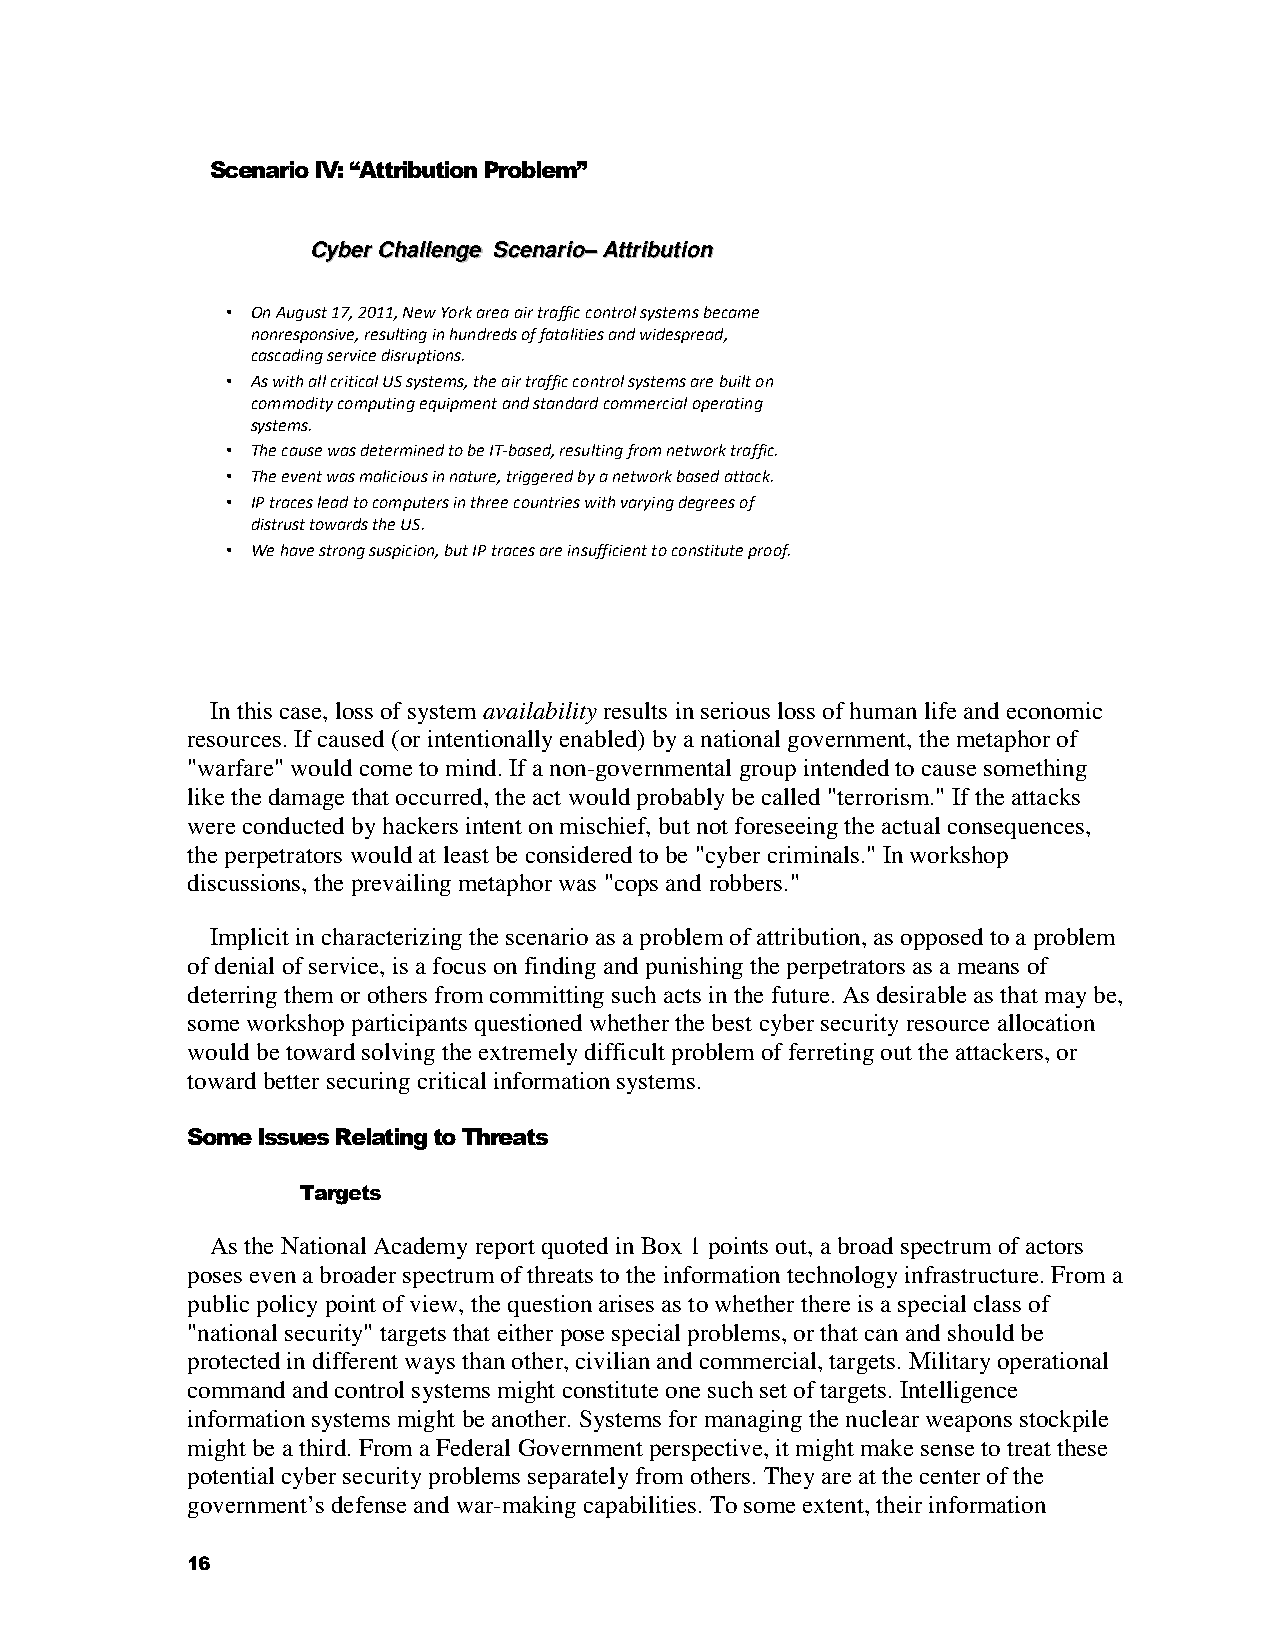
Scenario IV: “Attribution Problem”
 CCyybbeerr CChhaalllleennggee SScceennaarriioo––AAttttrriibbuuttiioonn
 • On August 17, 2011, New York area air traffic control systems became
 nonresponsive, resulting in hundreds of fatalities and widespread,
 cascading service disruptions.
 • As with all critical US systems, the air traffic control systemsare built on
 commodity computing equipment and standard commercial operating
 systems.
 • The cause was determined to be IT-based, resulting from network traffic.
 • The event was malicious in nature, triggered by a network based attack.
 • IP traces lead to computers in three countries with varying degrees of
 distrust towards the US.
 • We have strong suspicion, but IP traces are insufficient to constitute proof.
 In this case, loss of system availability results in serious loss of human life and economic
 resources. If caused (or intentionally enabled) by a national government, the metaphor of
 "warfare" would come to mind. If a non-governmental group intended to cause something
 like the damage that occurred, the act would probably be called "terrorism." If the attacks
 were conducted by hackers intent on mischief, but not foreseeing the actual consequences,
 the perpetrators would at least be considered to be "cyber criminals." In workshop
 discussions, the prevailing metaphor was "cops and robbers."
 Implicit in characterizing the scenario as a problem of attribution, as opposed to a problem
 of denial of service, is a focus on finding and punishing the perpetrators as a means of
 deterring them or others from committing such acts in the future. As desirable as that may be,
 some workshop participants questioned whether the best cyber security resource allocation
 would be toward solving the extremely difficult problem of ferreting out the attackers, or
 toward better securing critical information systems.
 Some Issues Relating to Threats
 Targets
 As the National Academy report quoted in Box 1 points out, a broad spectrum of actors
 poses even a broader spectrum of threats to the information technology infrastructure. From a
 public policy point of view, the question arises as to whether there is a special class of
 "national security" targets that either pose special problems, or that can and should be
 protected in different ways than other, civilian and commercial, targets. Military operational
 command and control systems might constitute one such set of targets. Intelligence
 information systems might be another. Systems for managing the nuclear weapons stockpile
 might be a third. From a Federal Government perspective, it might make sense to treat these
 potential cyber security problems separately from others. They are at the center of the
 government’s defense and war-making capabilities. To some extent, their information
 16